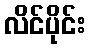
လိင်ပိုင်း